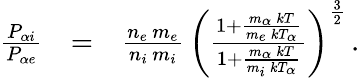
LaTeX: \begin{array}{rlr}{\frac{P_{\alpha i}}{P_{\alpha e}}}&{=}&{\frac{n_{e}\, m_{e}}{n_{i}\, m_{i}}\, \left(\frac{1+\frac{m_{\alpha}\, kT}{m_{e}\, kT_{\alpha}}}{1+\frac{m_{\alpha}\, kT}{m_{i}\, kT_{\alpha}}}\right)^{\frac{3}{2}}\, .}\end{array}